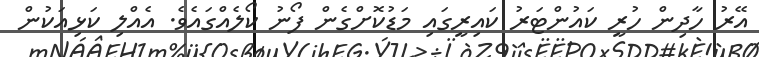
އޭރު ހާދިން ހުރީ ކައުންޓަރު ކައިރީގައި މަޑުކޮށްގެން ފޯނު ކޯލެއްގައެވެ. އެއްލި ކަޅިއަކުން